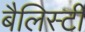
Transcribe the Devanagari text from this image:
बैलिस्टी